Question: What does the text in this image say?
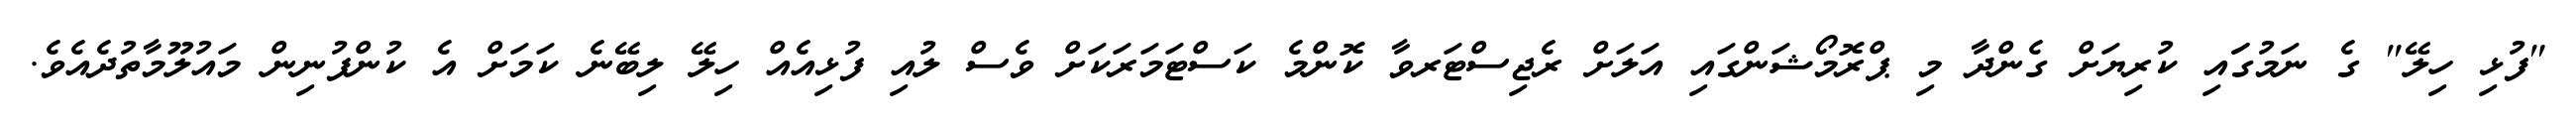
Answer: "ފުޅި ހިލޭ" ގެ ނަމުގަައި ކުރިޔަށް ގެންދާ މި ޕްރޮމޯޝަންގައި އަލަށް ރެޖިސްޓަރވާ ކޮންމެ ކަސްޓަމަރަކަށް ވެސް ލުއި ފުޅިއެއް ހިލޭ ލިބޭނެ ކަމަށް އެ ކުންފުނިން މައުލޫމާތުދެއެވެ.